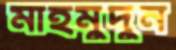
মাহমুদুন